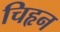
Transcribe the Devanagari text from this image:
चिहृन